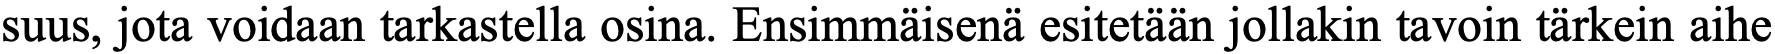
suus, jota voidaan tarkastella osina. Ensimmäisenä esitetään jollakin tavoin tärkein aihe